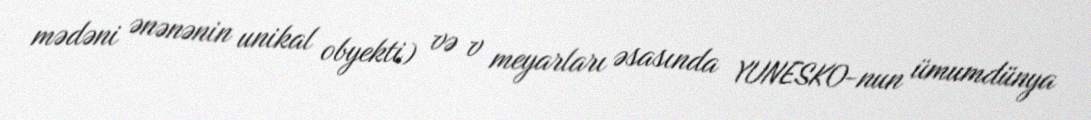
mədəni ənənənin unikal obyekti) və v meyarları əsasında YUNESKO-nun ümumdünya